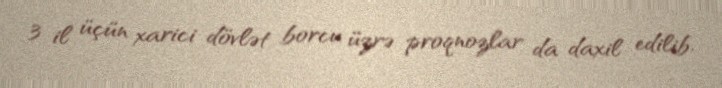
3 il üçün xarici dövlət borcu üzrə proqnozlar da daxil edilib.